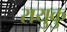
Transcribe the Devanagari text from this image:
रायुकु